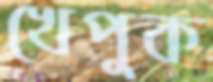
খেপুক